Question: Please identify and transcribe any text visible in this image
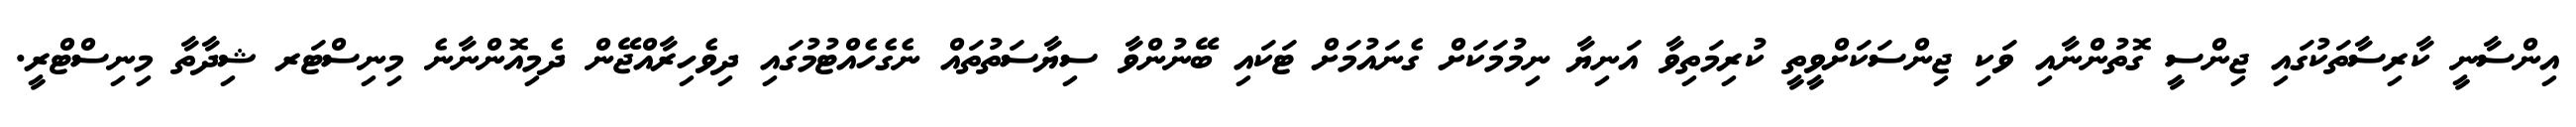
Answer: އިންސާނީ ކާރިސާތަކުގައި ޖިންސީ ގޮތުންނާއި ވަކި ޖިންސަކަށްވީތީ ކުރިމަތިވާ އަނިޔާ ނިމުމަކަށް ގެނައުމަށް ޓަކައި ބޭނުންވާ ސިޔާސަތުތައް ނެގެހެއްޓުމުގައި ދިވެހިރާއްޖޭން ދެމިއޮންނާނެ މިނިސްޓަރ ޝިދާތާ މިނިސްޓްރީ.